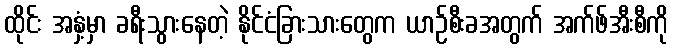
ထိုင်း အနှံ့မှာ ခရီးသွားနေတဲ့ နိုင်ငံခြားသားတွေက ယာဉ်စီးခအတွက် အက်ဖ်အီးစီကို